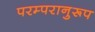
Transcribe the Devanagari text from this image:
परम्परानुरूप